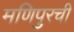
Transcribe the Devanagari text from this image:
मणिपुरची